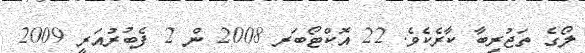
ލޯގެ ތަޖުރިބާ ކާރެކެވެ. 22 އޮކްޓޯބަރ 2008 ން 2 ފެބުރުއަރީ 2009